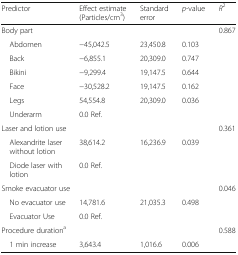
| Predictor | Effect estimate (Particles/cm3) | Standard error | p-value | R2 |
 | --- | --- | --- | --- | --- |
 | <COLSPAN=4> Body part | 0.867 |
 | Abdomen | −45,042.5 | 23,450.8 | 0.103 |  |
 | Back | −6,855.1 | 20,309.0 | 0.747 |  |
 | Bikini | −9,299.4 | 19,147.5 | 0.644 |  |
 | Face | −30,528.2 | 19,147.5 | 0.162 |  |
 | Legs | 54,554.8 | 20,309.0 | 0.036 |  |
 | Underarm | 0.0 Ref. |  |  |  |
 | <COLSPAN=4> Laser and lotion use | 0.361 |
 | Alexandrite laser without lotion | 38,614.2 | 16,236.9 | 0.039 |  |
 | Diode laser with lotion | 0.0 Ref. |  |  |  |
 | <COLSPAN=4> Smoke evacuator use | 0.046 |
 | No evacuator use | 14,781.6 | 21,035.3 | 0.498 |  |
 | Evacuator Use | 0.0 Ref. |  |  |  |
 | <COLSPAN=3> Procedure durationa |  | 0.588 |
 | 1 min increase | 3,643.4 | 1,016.6 | 0.006 |  |